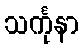
သင်္ကုနာ